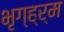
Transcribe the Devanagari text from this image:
भृग्ह्र्म